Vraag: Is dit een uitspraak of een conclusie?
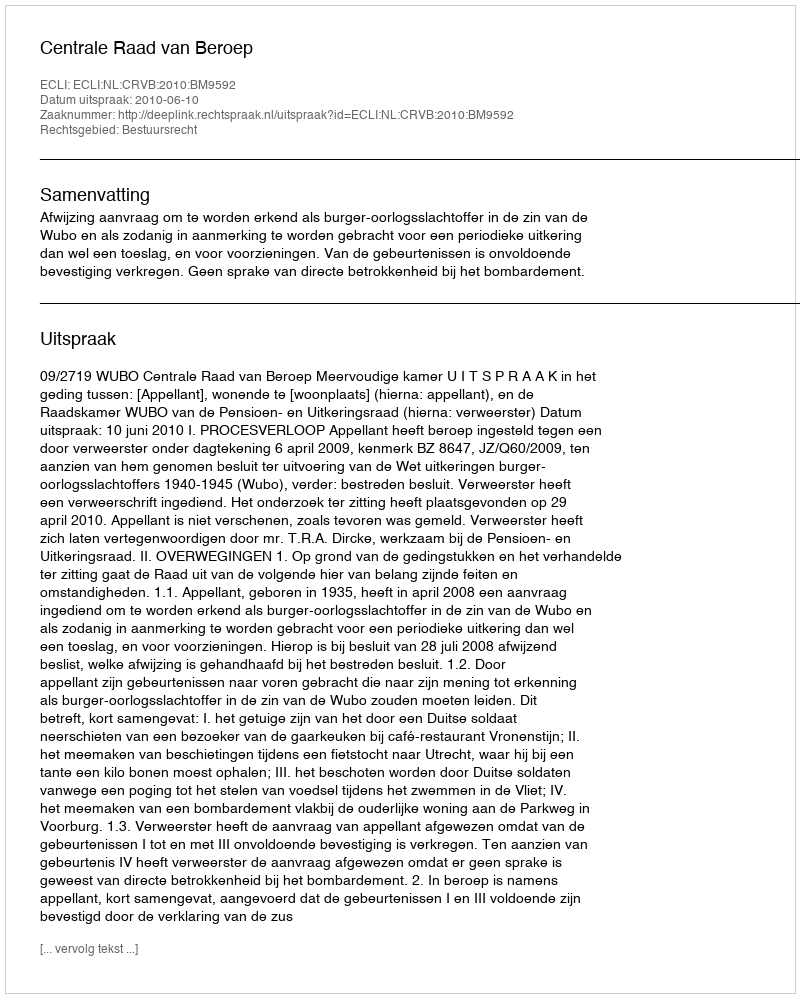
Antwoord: Uitspraak